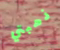
ذهبتي